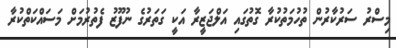
މިސްރު ސަރުކާރުން ތުހުމަތުކުރާ ގޮތުގައި އަލްޖަޒީރާ އަކީ ގަތަރުގެ ނުފޫޒު ފެތުރުމަށް މަސައްކަތްކުރާ